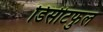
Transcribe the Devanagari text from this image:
डिसीटफुल